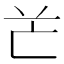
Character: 𠅇